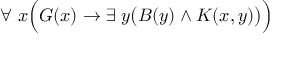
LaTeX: \forall \; x { \Big ( } G ( x ) \rightarrow \exists \; y { \big ( } B ( y ) \land K ( x , y ) { \big ) } { \Big ) }